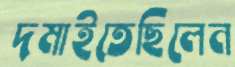
দমাইতেছিলেন